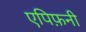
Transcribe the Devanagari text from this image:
एपिफ़नी